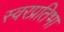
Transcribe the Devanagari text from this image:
स्वरप्रतिभा